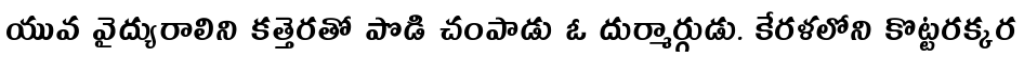
యువ వైద్యురాలిని కత్తెరతో పొడి చంపాడు ఓ దుర్మార్గుడు. కేరళలోని కొట్టరక్కర